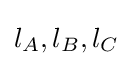
l_{A},l_{B},l_{C}